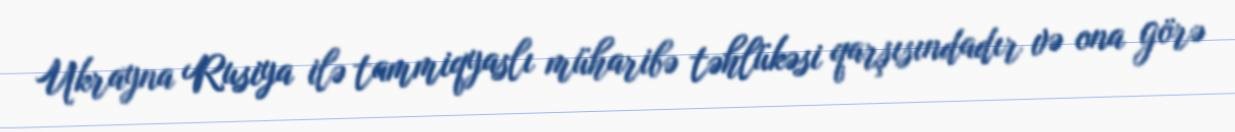
Ukrayna Rusiya ilə tammiqyaslı müharibə təhlükəsi qarşısındadır və ona görə